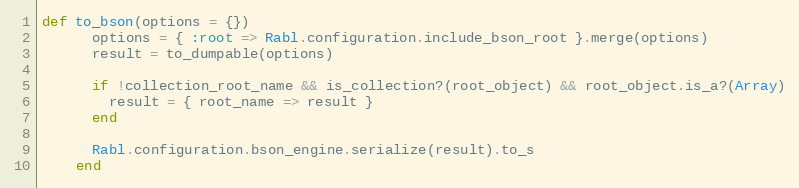
Language: Ruby
def to_bson(options = {})
      options = { :root => Rabl.configuration.include_bson_root }.merge(options)
      result = to_dumpable(options)

      if !collection_root_name && is_collection?(root_object) && root_object.is_a?(Array)
        result = { root_name => result }
      end

      Rabl.configuration.bson_engine.serialize(result).to_s
    end